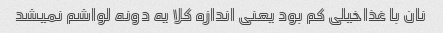
نان با غذاخیلی کم بود یعنی اندازه کلا یه دونه لواشم نمیشد